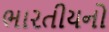
ભારતીયનો